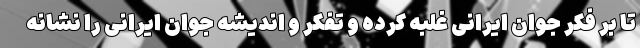
تا بر فکر جوان ایرانی غلبه کرده و تفکر و اندیشه جوان ایرانی را نشانه